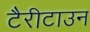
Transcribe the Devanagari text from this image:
टैरीटाउन